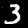
Digit: 3